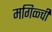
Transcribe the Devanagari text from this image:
मगिळ्ची